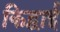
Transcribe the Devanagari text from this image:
किद्वाई